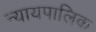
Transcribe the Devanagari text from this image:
न्यायपालिक